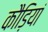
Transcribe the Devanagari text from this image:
कौड़ियां